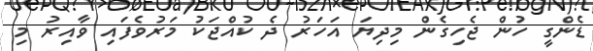
ޑެންގީ ހުން ޖެހިގެން މިދިޔަ އަހަރު ދެ ކުއްޖަކު މަރުވެފައި ވާއިރު މި